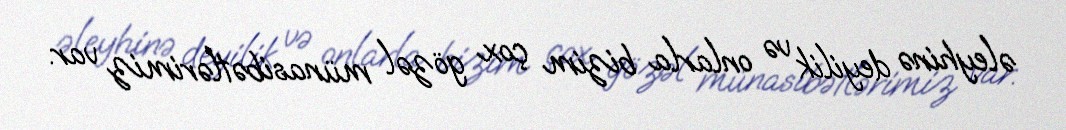
əleyhinə deyilik və onlarla bizim çox gözəl münasibətlərimiz var.